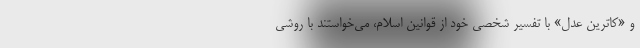
و «کاترین عدل» با تفسیر شخصی خود از قوانین اسلام، می‌خواستند با روشی